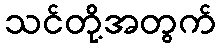
သင်တို့အတွက်